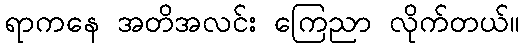
ရာကနေ အတိအလင်း ကြေညာ လိုက်တယ်။